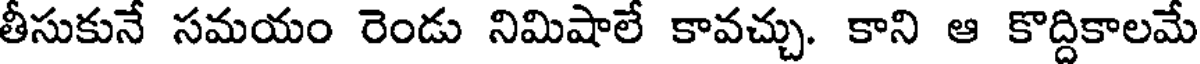
తీసుకునే సమయం రెండు నిమిషాలే కావచ్చు. కాని ఆ కొద్దికాలమే